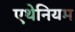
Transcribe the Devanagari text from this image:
एथेनियम